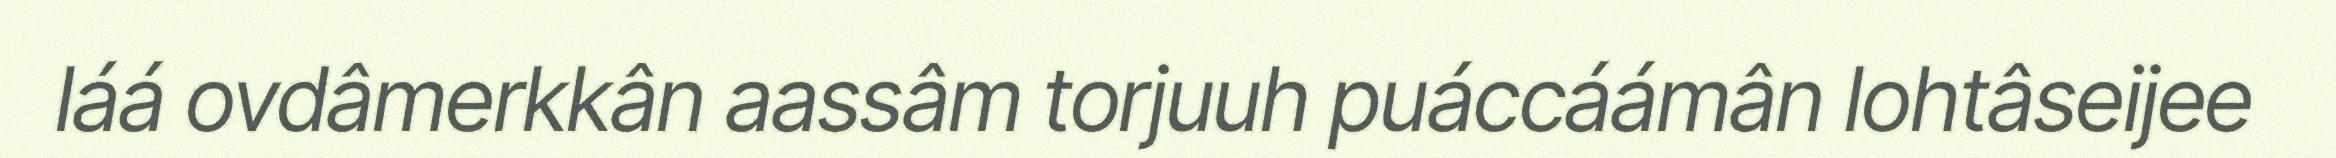
láá ovdâmerkkân aassâm torjuuh puáccáámân lohtâseijee